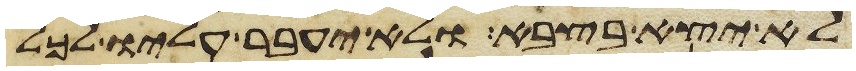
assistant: לא יצא בצבא ולא יעבר עליו לכל